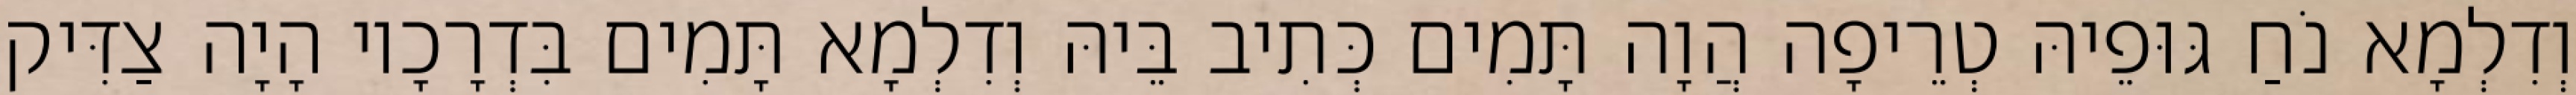
וְדִלְמָא נֹחַ גּוּפֵיהּ טְרֵיפָה הֲוָה תָּמִים כְּתִיב בֵּיהּ וְדִלְמָא תָּמִים בִּדְרָכָיו הָיָה צַדִּיק